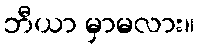
ဘီယာ မှာမလား။